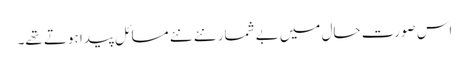
اس صورت حال میں بے شمار نئے نئے مسائل پیدا ہوتے تھے۔